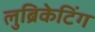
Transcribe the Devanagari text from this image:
लुब्रिकेटिंग